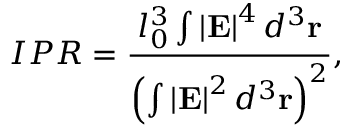
I P R = \frac { l _ { 0 } ^ { 3 } \int \left\vert \mathbf { E } \right\vert ^ { 4 } d ^ { 3 } \mathbf { r } } { \left( \int \left\vert \mathbf { E } \right\vert ^ { 2 } d ^ { 3 } \mathbf { r } \right) ^ { 2 } } ,